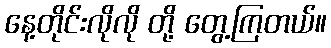
နေ့တိုင်းလိုလို တို့ တွေ့ကြတယ်။